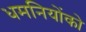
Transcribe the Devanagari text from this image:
धमनियोंको